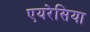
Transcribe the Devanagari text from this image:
एयरेसिया